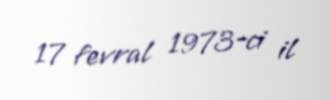
17 fevral 1973-ci il